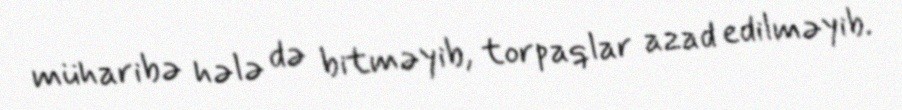
müharibə hələ də bitməyib, torpaqlar azad edilməyib.